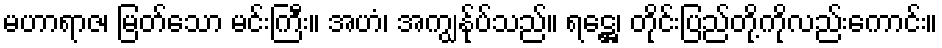
မဟာရာဇ၊ မြတ်သော မင်းကြီး။ အဟံ၊ အကျွန်ုပ်သည်။ ရဋ္ဌေ၊ တိုင်းပြည်တို့ကိုလည်းကောင်း။